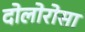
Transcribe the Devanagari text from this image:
दोलोरोसा